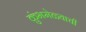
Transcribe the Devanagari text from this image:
कुंभमेळ्याची